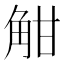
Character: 𧣑